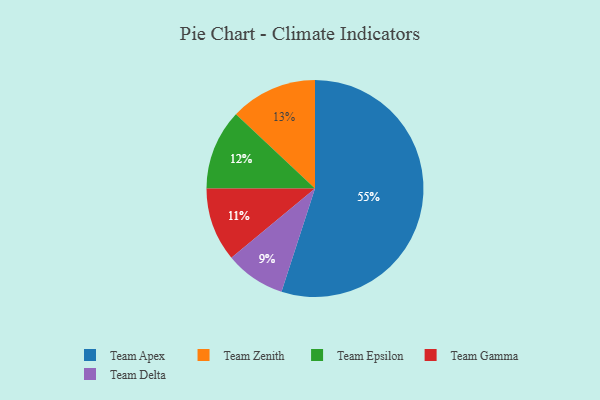
{"axis": {"x": "Category", "y": "Percentage"}, "legend": ["Team Apex", "Team Delta", "Team Epsilon", "Team Gamma", "Team Zenith"], "data": [{"x": "Team Apex", "y": 55, "type": "Team Apex"}, {"x": "Team Delta", "y": 9, "type": "Team Delta"}, {"x": "Team Zenith", "y": 13, "type": "Team Zenith"}, {"x": "Team Epsilon", "y": 12, "type": "Team Epsilon"}, {"x": "Team Gamma", "y": 11, "type": "Team Gamma"}]}